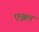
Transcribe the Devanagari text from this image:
एञ्जल